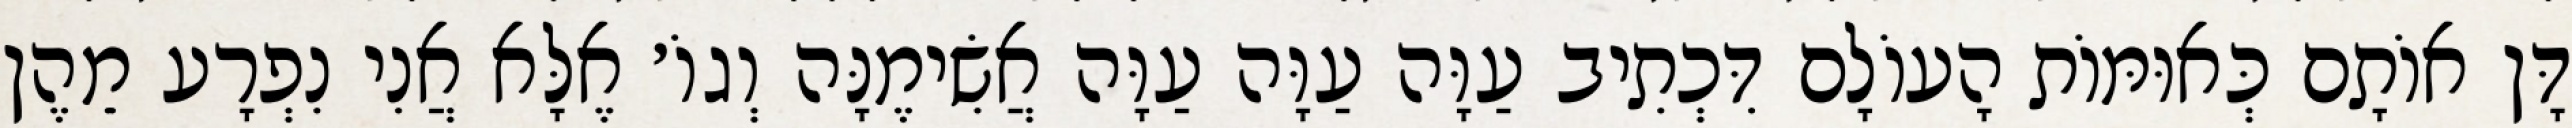
דָּן אוֹתָם כְּאוּמּוֹת הָעוֹלָם דִּכְתִיב עַוָּה עַוָּה עַוָּה אֲשִׂימֶנָּה וְגוֹ׳ אֶלָּא אֲנִי נִפְרָע מֵהֶן